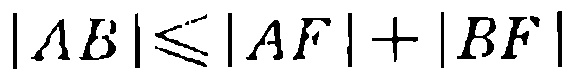
\(|AB|\leqslant|AF| + |BF|\)